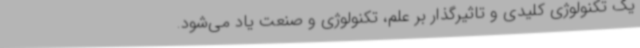
یک تکنولوژی کلیدی و تاثیرگذار بر علم، تکنولوژی و صنعت یاد می‌شود.